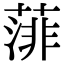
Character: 𦸪